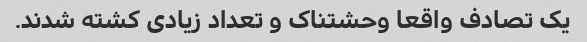
یک تصادف واقعا وحشتناک و تعداد زیادی کشته شدند.